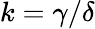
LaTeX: k=\gamma/\delta